Indian journal of veterinary science and animal husbandry - Volumes 18-21, 1948-1951
Year: 1948
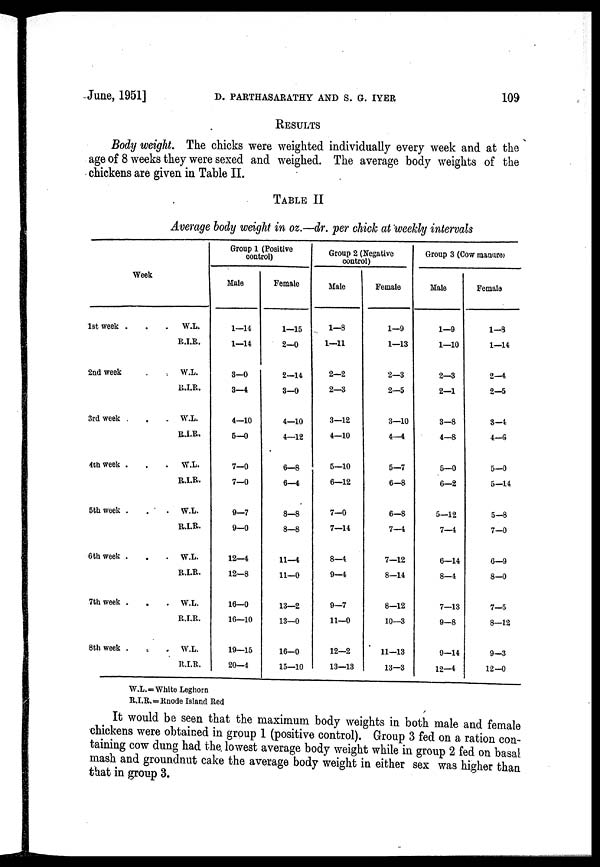
June, 1951]
D.
PARTHASARATHY
AND
S.
G.
IYER
109
RESULTS
Body weight. The chicks were weighted individually every week and at the
age of 8 weeks they were sexed and weighed. The average body weights of the
chickens are given in Table II.
TABLE II
Average body weight in oz.—dr. per chick at weekly intervals
Week
1st week .
2nd week
3rd week
4th week .
5th week .
6th week .
7th week .
8th week .
W.L.
R.I.R.
W.L.
R.I.R.
W.L.
R.I.R.
W.L.
R.I.R.
W.L.
R.I.R.
W.L.
R.I.R.
W.L.
R.I.R.
W.L.
R.I.R.
Group 1 (Positive
control)
Male
1—14
1—14
3—0
3—4
4—10
5—0
7—0
7—0
9—7
9—0
12—4
12—8
16—0
16—10
19—15
20—4
Female
1—15
2—0
2—14
3—0
4—10
4—12
6—8
6—4
8—8
8—8
11—4
11—0
13—2
13—0
16—0
15—10
Group 2 (Negative
control)
Male
1—8
1—11
2—2
2—3
3—12
4—10
5—10
6—12
7—0
7—14
8—4
9—4
9—7
11—0
12—2
13—13
Female
1—9
1—13
2—3
2—5
3—10
4—4
5—7
6—8
6—8
7—4
7—12
8—14
8—12
10—3
11—13
13—3
Group 3 (Cow manure)
Male
1—9
1—10
2—3
2—1
3—8
4—8
5—0
6—2
5—12
7—4
6—14
8—4
7—13
9—8
9—14
12—4
Female
1—3
1—14
2—4
2—5
3—4
4—6
5—0
5—14
5—8
7—0
6—9
8—0
7—5
8—12
9—3
12—0
W.L.=White Leghorn
R.I.R.=Rnode Island Red
It would be seen that the maximum body weights in both male and female
chickens were obtained in group 1 (positive control). Group 3 fed on a ration con-
taining cow dung had the lowest average body weight while in group 2 fed on basal
mash and groundnut cake the average body weight in either sex was higher than
that in group 3.